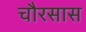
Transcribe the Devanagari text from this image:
चौरसास